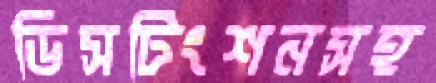
ডিসটিংশনসহ